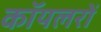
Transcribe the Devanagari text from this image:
कॉयलरों